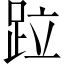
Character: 𨀎